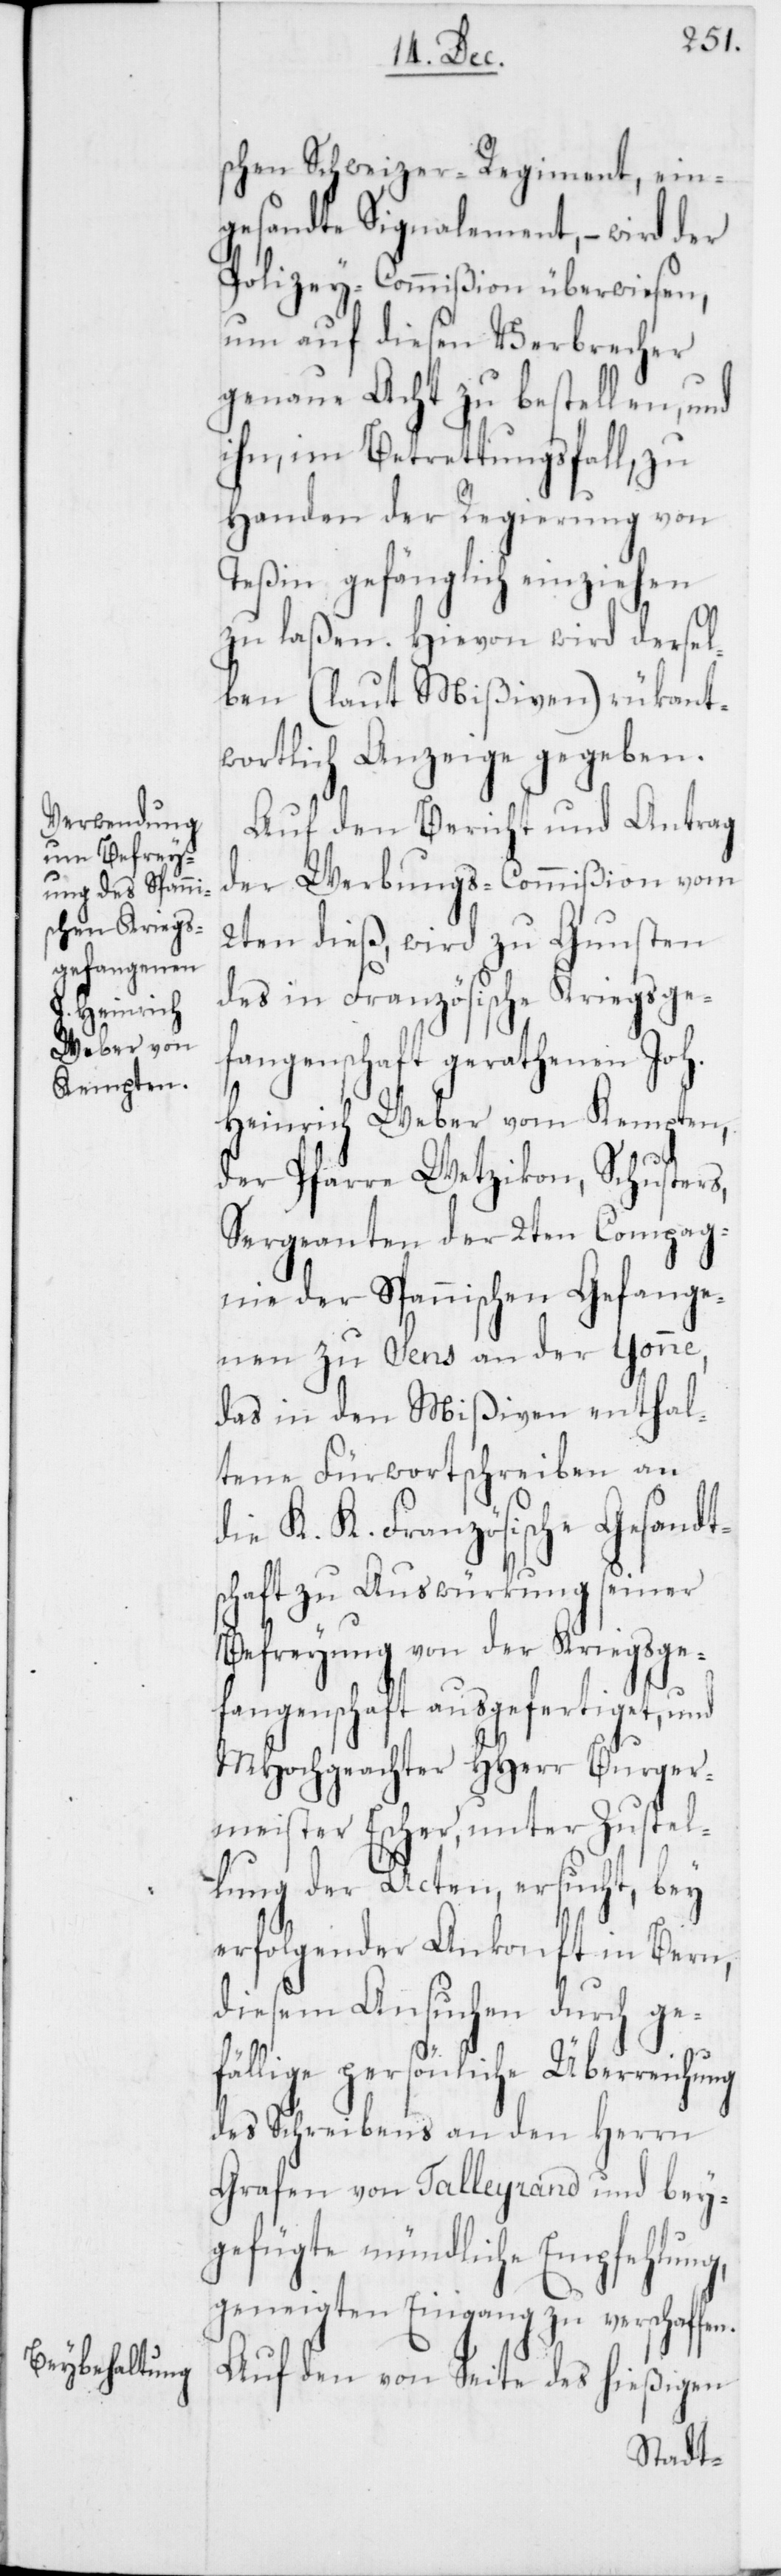
schen Schweizer-Regiment, ein¬
gesandte Signalement, – wird der
Polizey-Commißion überwiesen,
um auf diesen Verbrecher
genaue Acht zu bestellen, und
ihn, im Betrettungsfall, zu
Handen der Regierung von
Teßin gefänglich einziehen
zu laßen. Hievon wird dersel¬
ben (laut Mißiven) rükant¬
wortlich Anzeige gegeben.
Auf den Bericht und Antrag
der Werbungs-Commißion vom
2ten dieß, wird zu Gunsten
des in Französische Kriegsge¬
fangenschaft gerathene Joh.
Heinrich Weber vom Kempten,
der Pfarre Wetzikon, Schusters,
Sergeanten der 2ten Compag¬
nie der Spannischen Gefange¬
nen zu Sens an der Yonne,
das in den Mißiven enthal¬
tene Fürwortschreiben an
die K. K. Französische Gesandt¬
schaft zu Auswürkung seiner
Befreyung von der Kriegsge¬
fangenschaft ausgefertiget, und
MHochgeachter HHerr Burger¬
meister Escher, unter Zustel¬
lung der Acten, ersucht, bey
erfolgender Ankonft in Bern,
diesem Ansuchen durch ge¬
fällige persönliche Überreichung
des Schreibens an den Herrn
Grafen von Talleyrand und bey¬
gefügte mündliche Empfehlung,
geneigten Eingang zu verschaffen.
Auf den von Seite des hießigen